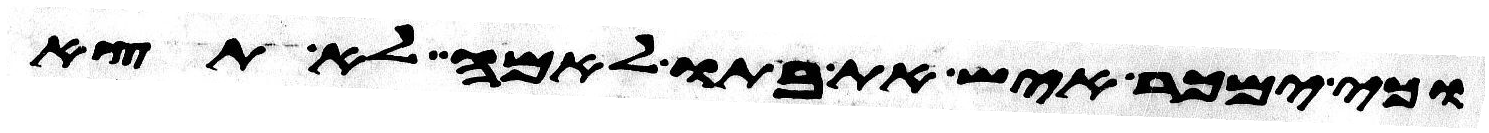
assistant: וכי ימכר איש את בתו לאמה לא תצא